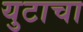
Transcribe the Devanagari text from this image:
युटाचा